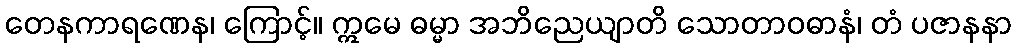
တေနကာရဏေန၊ ကြောင့်။ ဣမေ ဓမ္မာ အဘိညေယျာတိ သောတာဝဓာနံ၊ တံ ပဇာနနာ